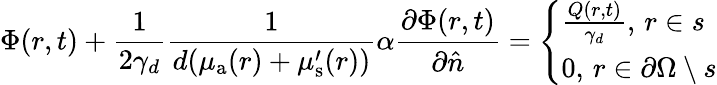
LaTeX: \Phi(r,t)+\frac{1}{2\gamma_{d}}\frac{1}{d(\mu_{{\mathrm a}}(r)+\mu_{\mathrm{s}}^{\prime}(r))}\alpha\frac{\partial\Phi(r,t)}{\partial\hat{n}}=\left\lbrace\begin{array}{l}{\frac{Q(r,t)}{\gamma_{d}},\, r\in s}\\ {0,\, r\in\partial\Omega\setminus s}\end{array}\right.